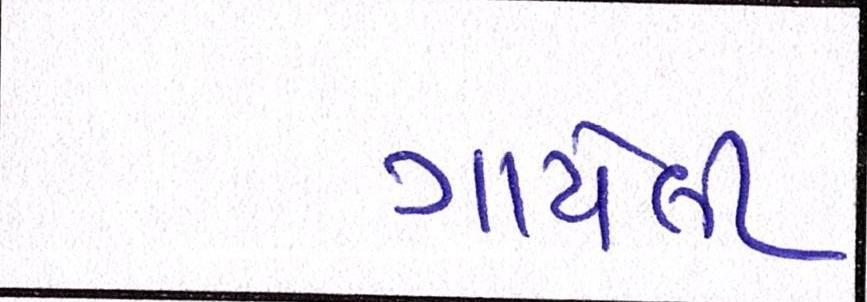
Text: ગાયેલી